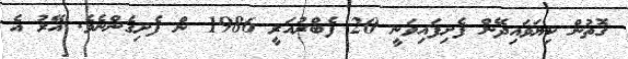
ގޮތުން ކިޔަވައިދޭން ފެށިފައިވަނީ 20 ފެބްރުއަރީ 1986 ން ފެށިގެންނެވެ. އޭރު އެ